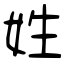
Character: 姓